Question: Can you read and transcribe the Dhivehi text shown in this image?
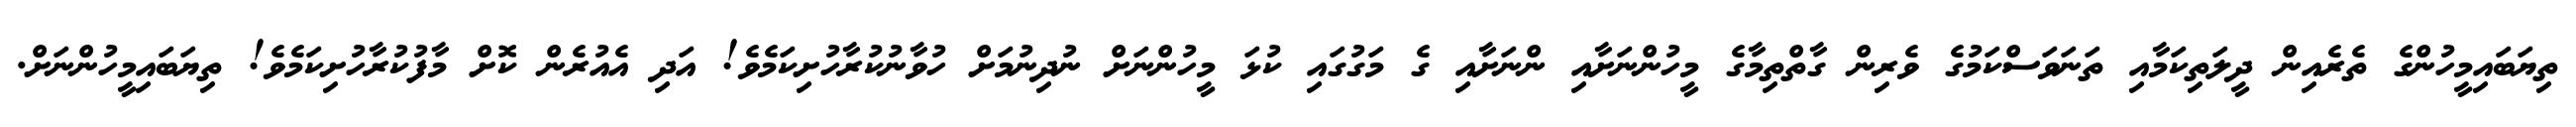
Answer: ތިޔަބައިމީހުންގެ ތެރެއިން ދީލަތިކަމާއި ތަނަވަސްކަމުގެ ވެރިން ގާތްތިމާގެ މީހުންނަށާއި ންނަށާއި ގެ މަގުގައި ކުޅަ މީހުންނަށް ނުދިނުމަށް ހުވާނުކުރާހުށިކަމެވެ! އަދި އެއުރެން ކޮށް މާފުކުރާހުށިކަމެވެ! ތިޔަބައިމީހުންނަށް.